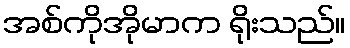
အစ်ကိုအိုမာက ရိုးသည်။